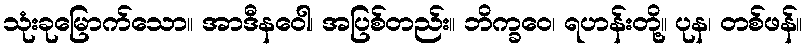
သုံးခုမြောက်သော။ အာဒီနဝေါ၊ အပြစ်တည်း။ ဘိက္ခဝေ၊ ရဟန်းတို့။ ပုန၊ တစ်ဖန်။